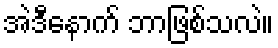
အဲဒီနောက် ဘာဖြစ်သလဲ။